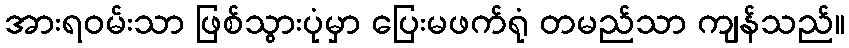
အားရဝမ်းသာ ဖြစ်သွားပုံမှာ ပြေးမဖက်ရုံ တမည်သာ ကျန်သည်။